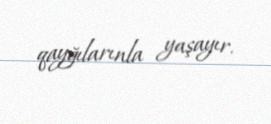
qayğılarınla yaşayır.